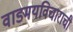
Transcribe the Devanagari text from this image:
वाङ्मयविचाराची